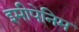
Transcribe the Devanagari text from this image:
इमीपेनिम